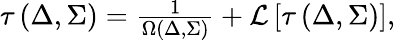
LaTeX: \begin{array}{r}{\tau\left(\Delta,\Sigma\right)=\frac{1}{\Omega(\Delta,\Sigma)}+{\cal L}\left[\tau\left(\Delta,\Sigma\right)\right],}\end{array}